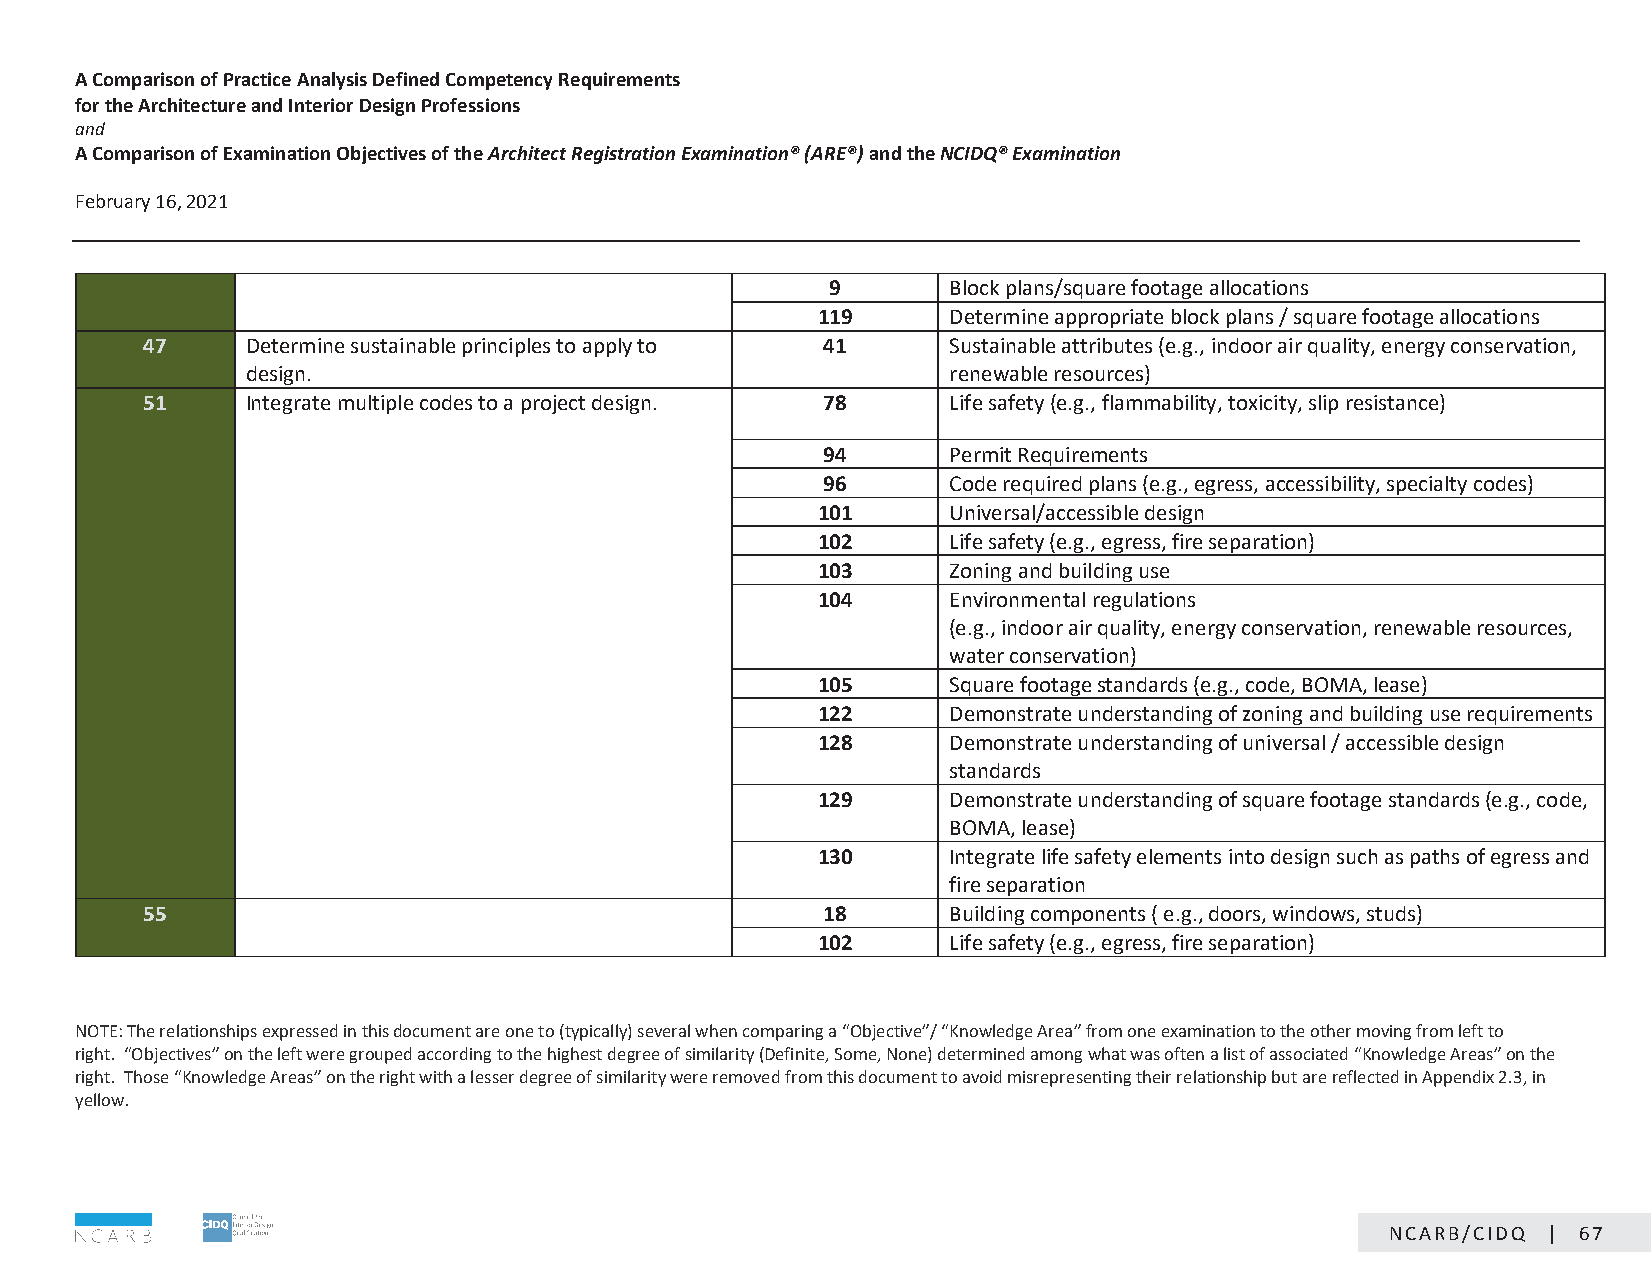
A Comparison of Practice Analysis Defined Competency Requirements
 for the Architecture and Interior Design Professions
 and
 A Comparison of Examination Objectives of the Architect Registration Examination® (ARE®) and the NCIDQ® Examination
 February 16, 2021                                CONFIDENTIAL: NOT FOR DISTRIBUTION
 9       Block plans/square footage allocations
 119      Determine appropriate block plans / square footage allocations
 47     Determine sustainable principles to apply to 41 Sustainable attributes (e.g., indoor air quality, energy conservation,
 design.                                        renewable resources)
 51     Integrate multiple codes to a project design. 78 Life safety (e.g., flammability, toxicity, slip resistance)
 94       Permit Requirements
 96       Code required plans (e.g., egress, accessibility, specialty codes)
 101      Universal/accessible design
 102      Life safety (e.g., egress, fire separation)
 103      Zoning and building use
 104      Environmental regulations
 (e.g., indoor air quality, energy conservation, renewable resources,
 water conservation)
 105      Square footage standards (e.g., code, BOMA, lease)
 122      Demonstrate understanding of zoning and building use requirements
 128      Demonstrate understanding of universal / accessible design
 standards
 129      Demonstrate understanding of square footage standards (e.g., code,
 BOMA, lease)
 130      Integrate life safety elements into design such as paths of egress and
 fire separation
 55                                           18       Building components ( e.g., doors, windows, studs)
 102      Life safety (e.g., egress, fire separation)
 NOTE: The relationships expressed in this document are one to (typically) several when comparing a “Objective”/ “Knowledge Area” from one examination to the other moving from left to
 right. “Objectives” on the left were grouped according to the highest degree of similarity (Definite, Some, None) determined among what was often a list of associated “Knowledge Areas” on the
 right. Those “Knowledge Areas” on the right with a lesser degree of similarity were removed from this document to avoid misrepresenting their relationship but are reflected in Appendix 2.3, in
 yellow.
 Page 7 of 19
 NCARB/CIDQ | 67